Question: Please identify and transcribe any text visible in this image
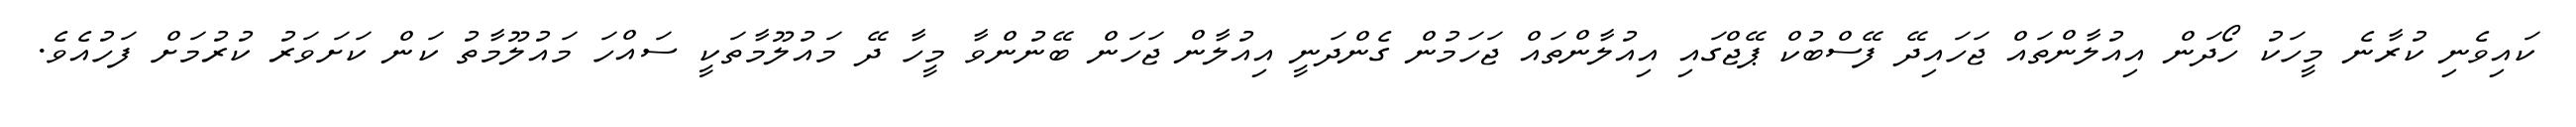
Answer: ކައިވެނި ކުރާނެ މީހަކު ހޯދަން އިއުލާންތައް ޖަހައިދޭ ފޭސްބުކް ޕޭޖްގައި އިއުލާންތައް ޖަހަމުން ގެންދަނީ އިއުލާން ޖަހަން ބޭނުންވާ މީހާ ދޭ މައުލޫމާތަކީ ސައްހަ މައުލޫމާތު ކަން ކަށަވަރު ކުރުމަށް ފަހުއެވެ.